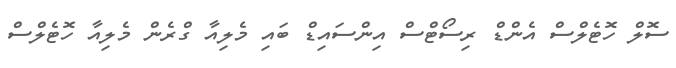
ސޮލް ހޮޓެލްސް އެންޑް ރިސޯޓްސް އިންސައިޑް ބައި މެލިއާ ގްރެން މެލިއާ ހޮޓެލްސް